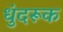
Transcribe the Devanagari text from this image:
धुंदरूक